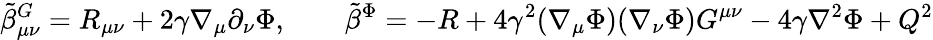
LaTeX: {\tilde{\beta}}_{\mu\nu}^{G}=R_{\mu\nu}+2\gamma\nabla_{\mu}\partial_{\nu}\Phi,\qquad{\tilde{\beta}}^{\Phi}=-R+4\gamma^{2}(\nabla_{\mu}\Phi)(\nabla_{\nu}\Phi)G^{\mu\nu}-4\gamma\nabla^{2}\Phi+Q^{2}